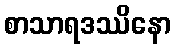
စာသာရဒဿိနော